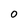
Character: 0